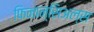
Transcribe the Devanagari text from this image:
फिनान्सिअल्स